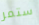
ستمر